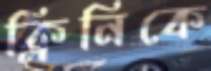
ক্লিনিকে